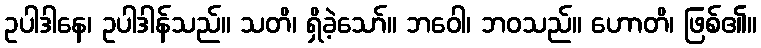
ဥပါဒါနေ၊ ဥပါဒါန်သည်။ သတိ၊ ရှိခဲ့သော်။ ဘဝေါ၊ ဘဝသည်။ ဟောတိ၊ ဖြစ်၏။